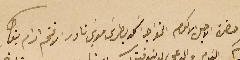
حضرة الاجل الاكرم الخواجه اسَعد بطرسَ موسَى نادر الافخم ادام بقاه